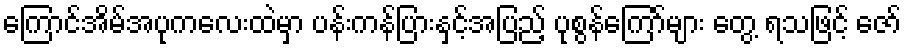
ကြောင်အိမ်အပုကလေးထဲမှာ ပန်းကန်ပြားနှင့်အပြည့် ပုစွန်ကြော်များ တွေ့ ရသဖြင့် ဇော်